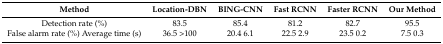
| Method | Location-DBN | BING-CNN | Fast RCNN | Faster RCNN | Our Method |
 | --- | --- | --- | --- | --- | --- |
 | Detection rate (%) | 83.5 | 85.4 | 81.2 | 82.7 | 95.5 |
 | False alarm rate (%) Average time (s) | 36.5 >100 | 20.4 6.1 | 22.5 2.9 | 23.5 0.2 | 7.5 0.3 |